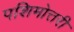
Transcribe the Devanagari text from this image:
पशिमोत्तरी